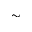
\sim